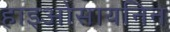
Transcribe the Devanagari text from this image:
हाइओसायनिन